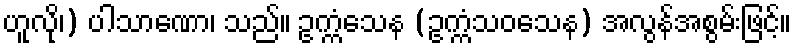
ဟူလို၊) ပါသာဏော၊ သည်။ ဥက္ကံသေန (ဥက္ကံသဝသေန) အလွန်အစွမ်းဖြင့်။